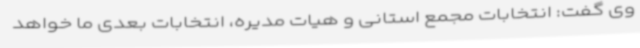
وی گفت: انتخابات مجمع استانی و هیات مدیره، انتخابات بعدی ما خواهد